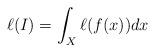
LaTeX: \begin{align*}\displaystyle \ell(I)=\int_X \ell(f(x))dx\end{align*}